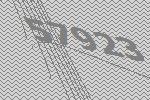
57923